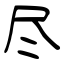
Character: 尽